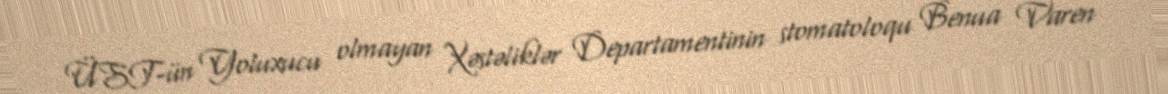
ÜST-ün Yoluxucu olmayan Xəstəliklər Departamentinin stomatoloqu Benua Varen